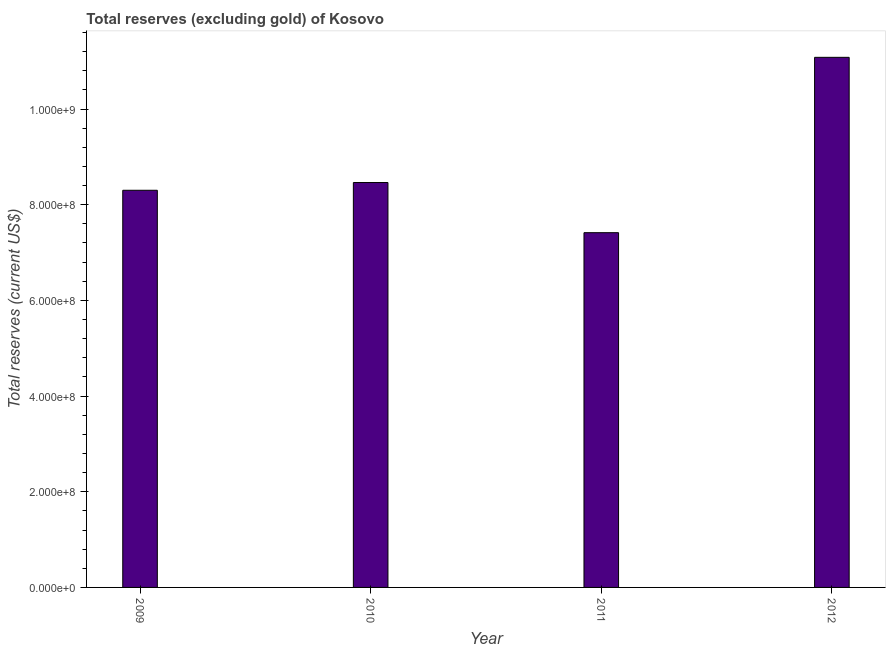
| Year | Total reserves minus gold (current US$) |
 | --- | --- |
 | 2009 | 8.3e+08 |
 | 2010 | 8.46e+08 |
 | 2011 | 7.42e+08 |
 | 2012 | 1.11e+09 |